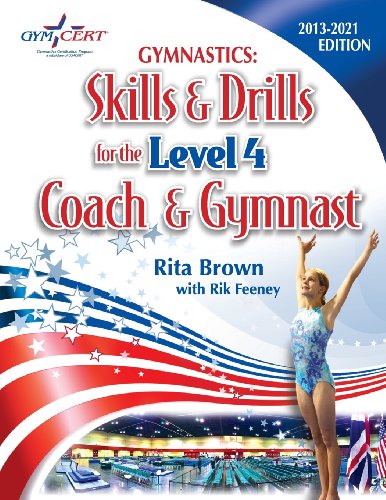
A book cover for Gymnastics: Level 4 Skills & Drills for the Coach and Gymnast; Rita Brown; Sports & Outdoors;